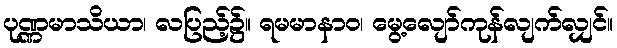
ပုဏ္ဏမာသိယာ၊ လပြည့်၌။ ရမမာနာဝ၊ မွေ့လျော်ကုန်လျက်လျှင်။